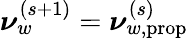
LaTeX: \boldsymbol\nu_{w}^{(s+1)}=\boldsymbol\nu_{w,\mathrm{prop}}^{(s)}